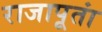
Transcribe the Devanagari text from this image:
राजापूतां